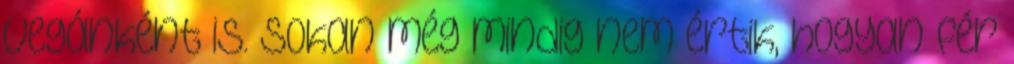
vegánként is. Sokan még mindig nem értik, hogyan fér